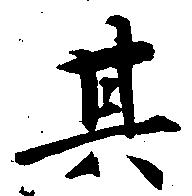
其